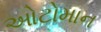
ઓટોમાન